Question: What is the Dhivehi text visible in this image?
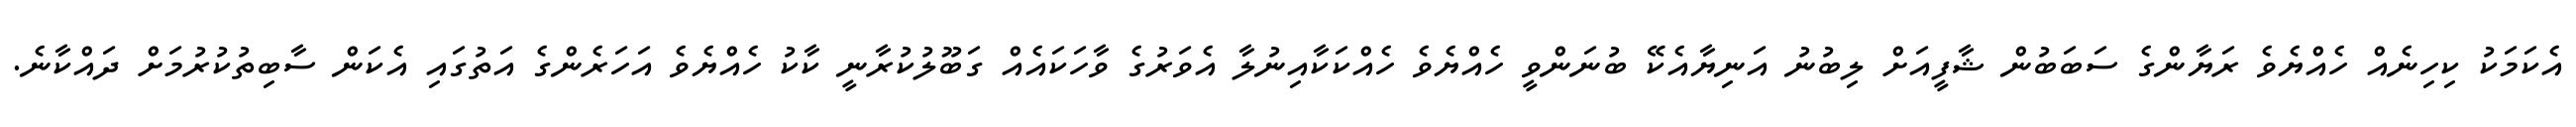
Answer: އެކަމަކު ކިހިނެއް ހެއްޔެވެ ރަޔާންގެ ސަބަބުން ޝާފީއަށް ލިބުނު އަނިޔާއެކޭ ބުނަންވީ ހެއްޔެވެ ހެއްކަކާއިނުލާ އެވަރުގެ ވާހަކައެއް ގަބޫލުކުރާނީ ކާކު ހެއްޔެވެ އަހަރެންގެ އަތުގައި އެކަން ސާބިތުކުރުމަށް ދައްކާނެ.